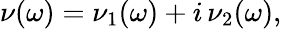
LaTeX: \nu(\omega)=\nu_{1}(\omega)+i\, \nu_{2}(\omega),